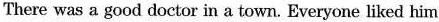
There was a good doctor in a town. Everyone liked him